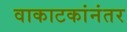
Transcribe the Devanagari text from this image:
वाकाटकांनंतर